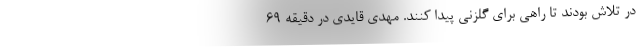
در تلاش بودند تا راهی برای گلزنی پیدا کنند. مهدی قایدی در دقیقه ۶۹